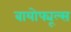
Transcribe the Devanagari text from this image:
बायोफ्यूल्स